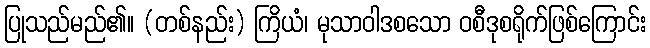
ပြုသည်မည်၏။ (တစ်နည်း) ကြိယံ၊ မုသာဝါဒစသော ဝစီဒုစရိုက်ဖြစ်ကြောင်း